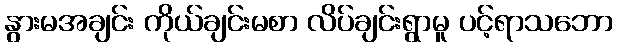
နွားမအချင်း ကိုယ်ချင်းမစာ လိပ်ချင်းရွာမူ ပင့်ရာသဘော